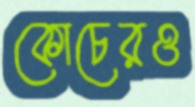
কোচেরও